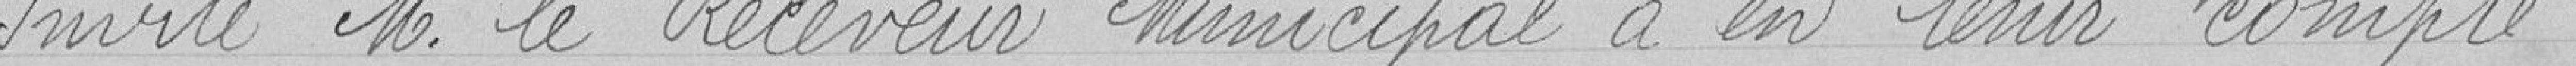
Invite Monsieur le Receveur Municipal à en tenir compte.